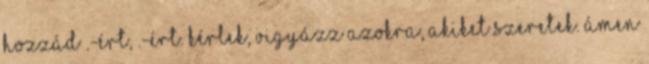
Hozzád .-ért, .-ért. Kérlek, vigyázz azokra, akiket szeretek. Ámen